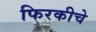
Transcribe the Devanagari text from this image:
फिरकीचे